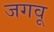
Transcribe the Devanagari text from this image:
जगवू